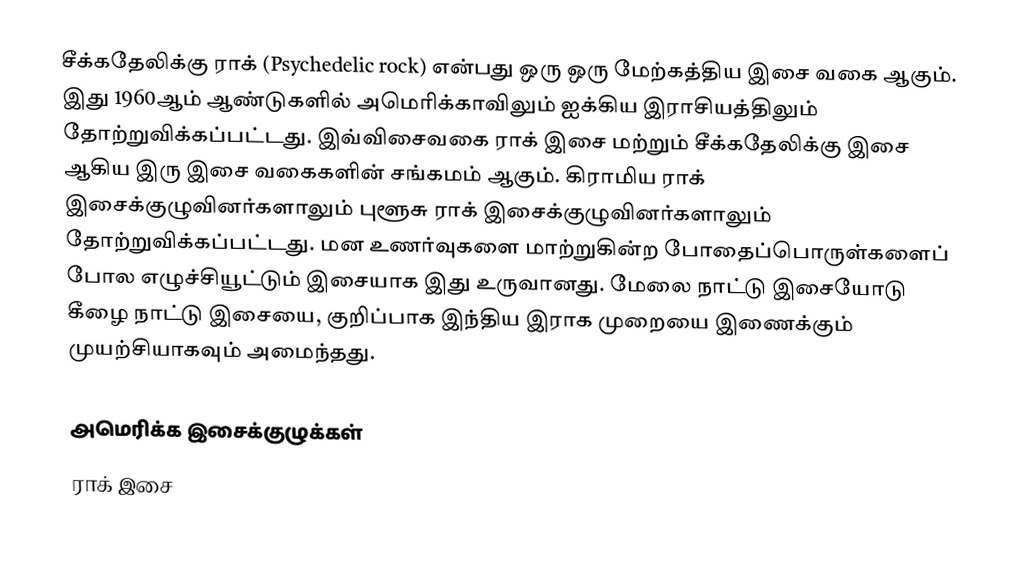
சீக்கதேலிக்கு ராக் (Psychedelic rock) என்பது ஒரு ஒரு மேற்கத்திய இசை வகை ஆகும். இது 1960ஆம் ஆண்டுகளில் அமெரிக்காவிலும் ஐக்கிய இராசியத்திலும் தோற்றுவிக்கப்பட்டது. இவ்விசைவகை ராக் இசை மற்றும் சீக்கதேலிக்கு இசை ஆகிய இரு இசை வகைகளின் சங்கமம் ஆகும். கிராமிய ராக் இசைக்குழுவினர்களாலும் புளூசு ராக் இசைக்குழுவினர்களாலும் தோற்றுவிக்கப்பட்டது. மன உணர்வுகளை மாற்றுகின்ற போதைப்பொருள்களைப் போல எழுச்சியூட்டும் இசையாக இது உருவானது. மேலை நாட்டு இசையோடு கீழை நாட்டு இசையை, குறிப்பாக இந்திய இராக முறையை இணைக்கும் முயற்சியாகவும் அமைந்தது.

அமெரிக்க இசைக்குழுக்கள்
ராக் இசை